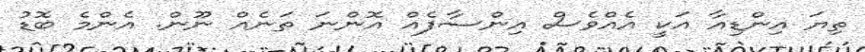
ތިޔަ އިންޑިއާ އަކީ އެއްވެސް އިންސާފެއް އޮންނަ ތަނެއް ނޫން. އެންމެ ބޮޑު